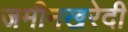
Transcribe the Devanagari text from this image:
जमीनखरेदी